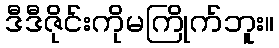
ဒီဒီဇိုင်းကိုမကြိုက်ဘူး။